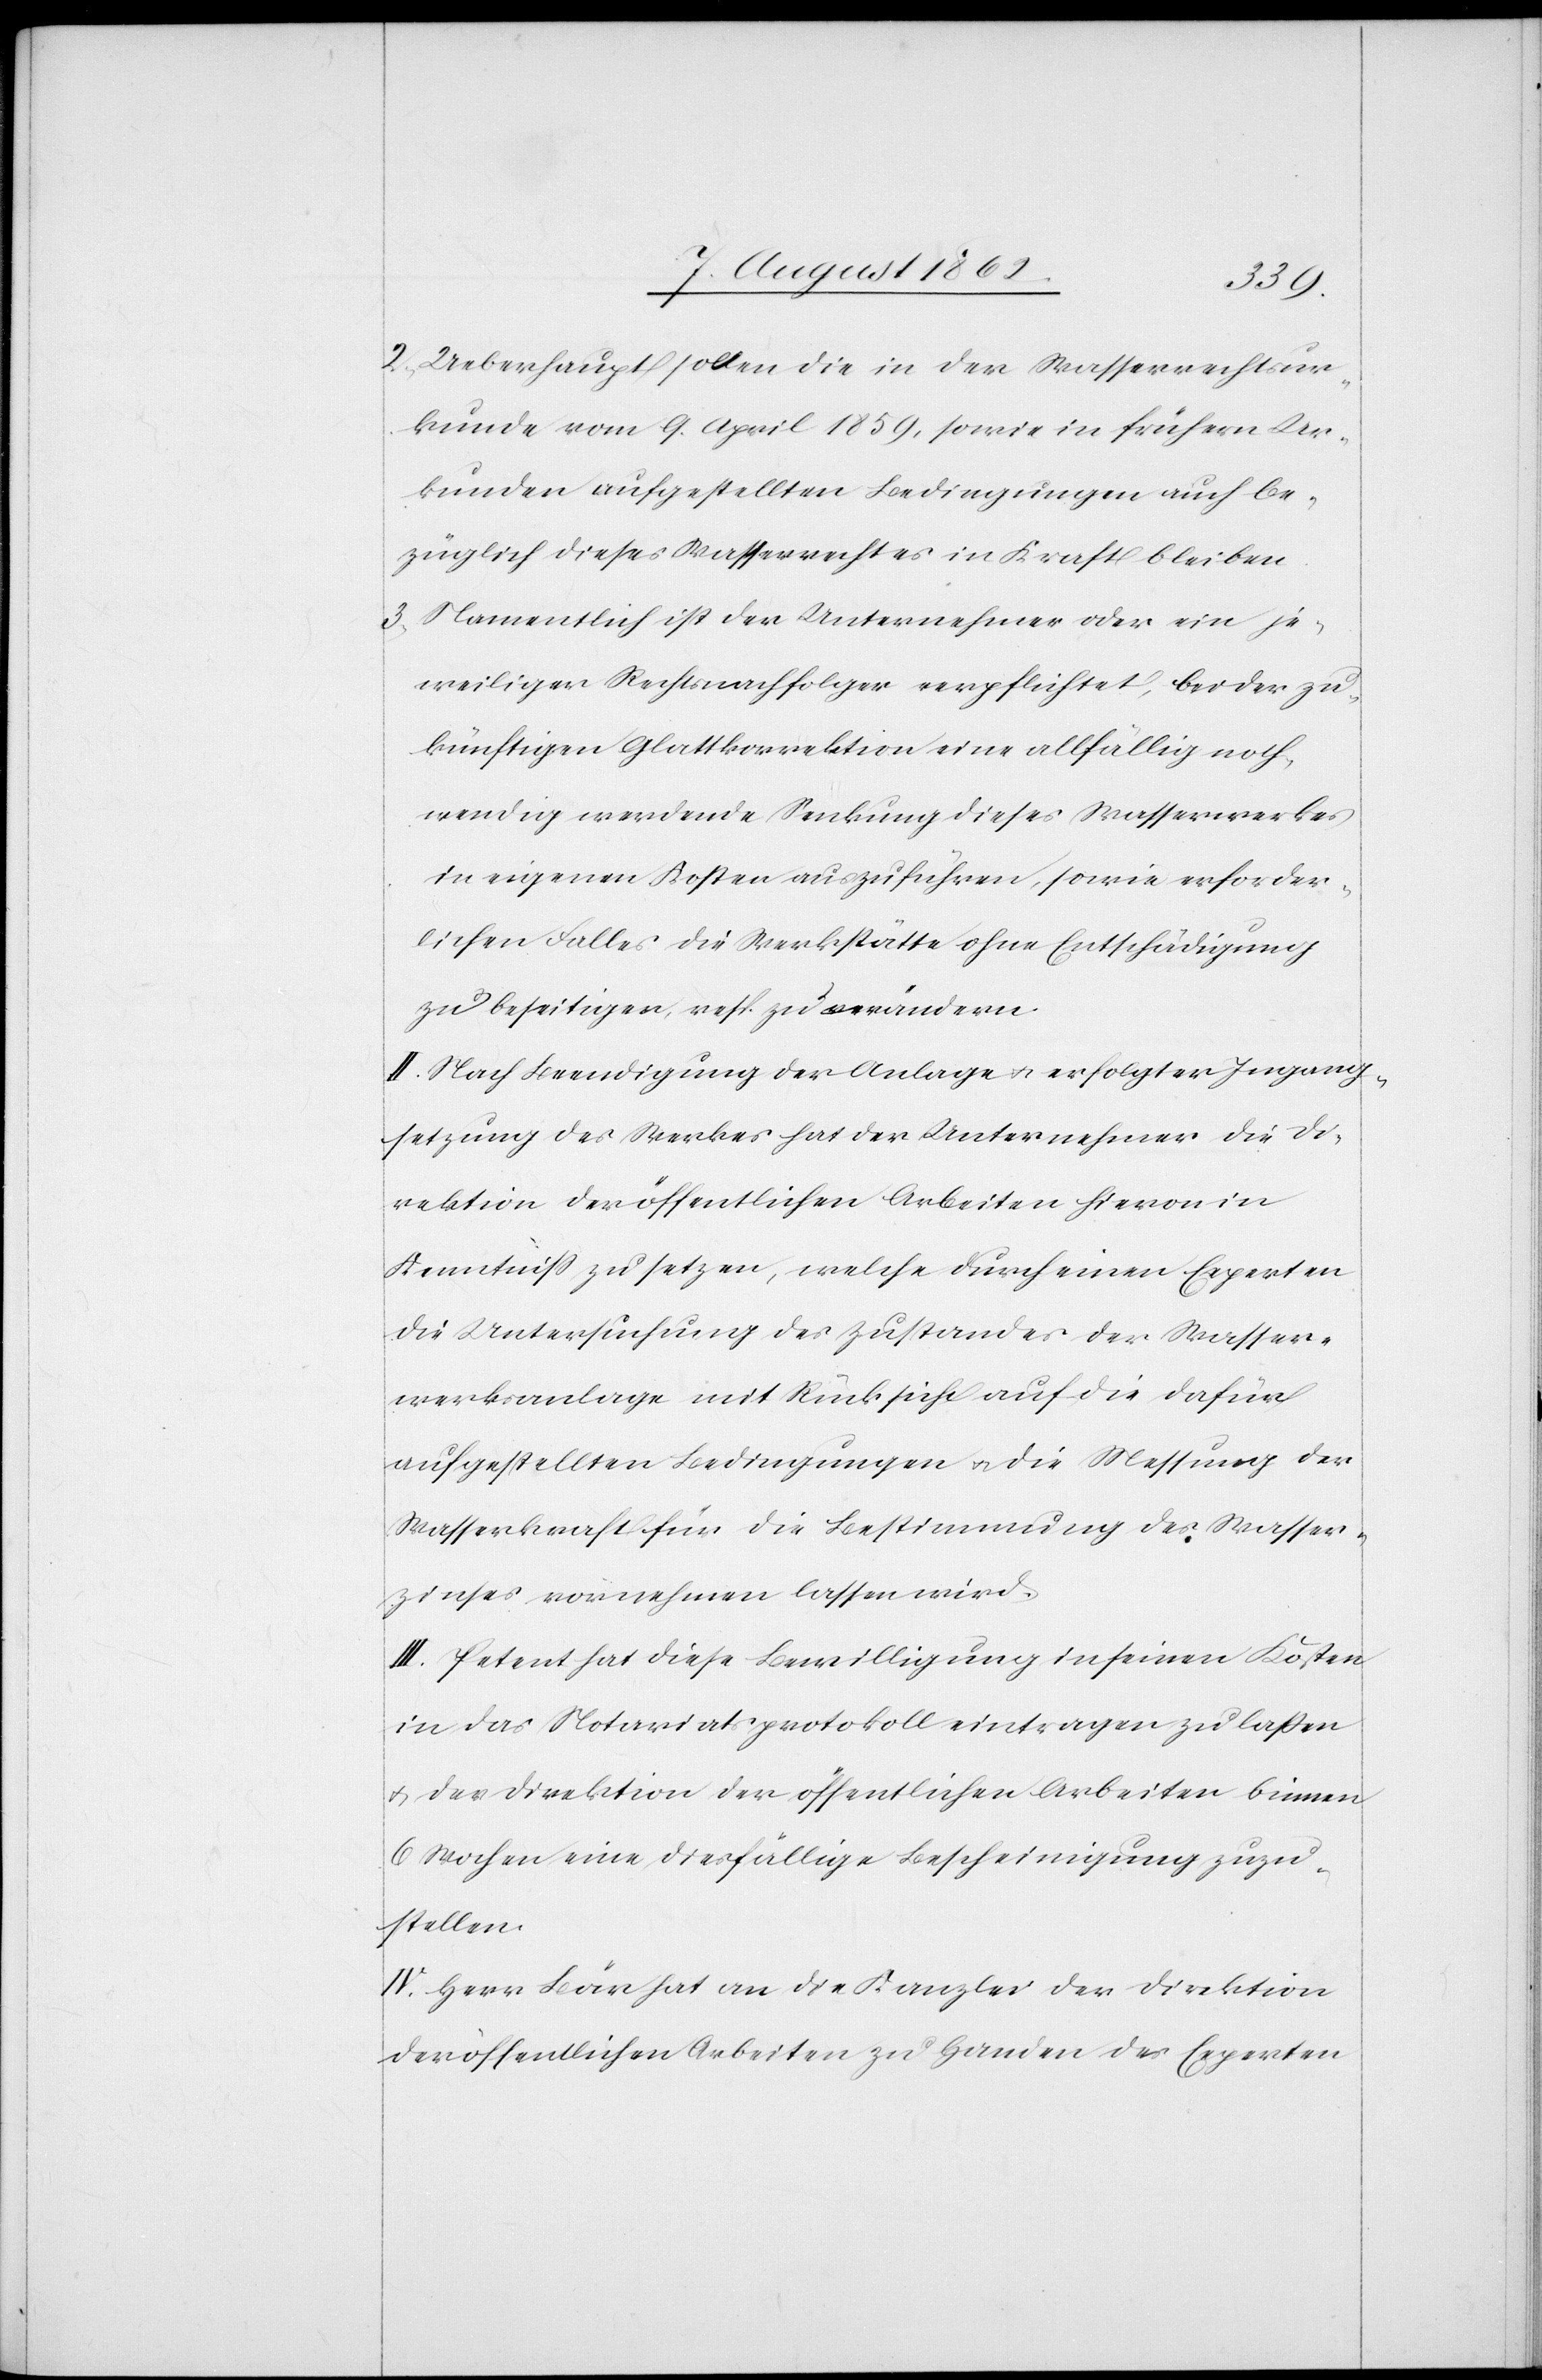
2) Ueberhaupt sollen die in der Wasserrechtsur¬
kunde vom 9. April 1859, sowie in frühern Ur¬
kunden aufgestellten Bedingungen auch be¬
züglich dieses Wasserrechtes in Kraft bleiben.
3) Namentlich ist der Unternehmer oder ein je¬
weiliger Rechtsnachfolger verpflichtet, bei der zu¬
künftigen Glattkorrektion eine allfällig noth¬
wendig werdende Senkung dieses Wasserwerkes
in eigenen Kosten auszuführen, sowie erforder¬
lichen Falles die Werkstätte ohne Entschädigung
zu beseitigen, resp. zu verändern.
II. Nach Beendigung der Anlage u. erfolgter Ingang¬
setzung des Werkes hat der Unternehmer die Di¬
rektion der öffentlichen Arbeiten hievon in
Kenntniß zu setzen, welche durch einen Experten
die Untersuchung des Zustands der Wasser¬
werkesanlage mit Rücksicht auf die dafür
aufgestellten Bedingungen u. die Messung der
Wasserkraft für die Bestimmung des Wasser¬
zinses vornehmen lassen wird.
III. Petent hat diese Bewilligung in seinen Kosten
in das Notariatsprotokoll eintragen zu lassen
u. der Direktion der öffentlichen Arbeiten binnen
6 Wochen eine diesfällige Bescheinigung zuzu¬
stellen.
IV. Herr Bär hat an die Kanzlei der Direktion
der öffentlichen Arbeiten zu Handen des Experten